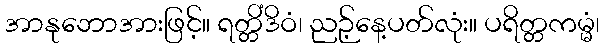
အာနုဘောအားဖြင့်။ ရတ္တိံဒိဝံ၊ ညဉ့်နေ့ပတ်လုံး။ ပရိတ္တကမ္မံ၊